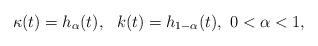
LaTeX: \begin{align*}\kappa(t) = h_\alpha(t),\ \ k(t) = h_{1-\alpha}(t),\ 0<\alpha < 1,\end{align*}